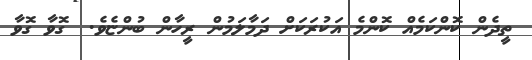
ތީދެން ކޮންކަމެއް ކޮންމެ އަކުރަކަށް ދަމާލަމުން ރީހާން ބުންޏެވެ.  ގޮވާ ގޮވާ